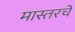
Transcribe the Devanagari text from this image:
मास्तरचे